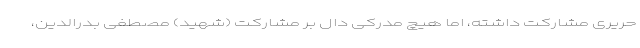
حریری مشارکت داشته، اما هیچ مدرکی دال بر مشارکت (شهید) مصطفی بدرالدین،